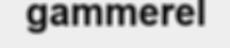
gammerel